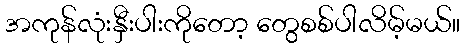
အကုန်လုံးနှီးပါးကိုတော့ တွေစစ်ပါလိမ့်မယ်။